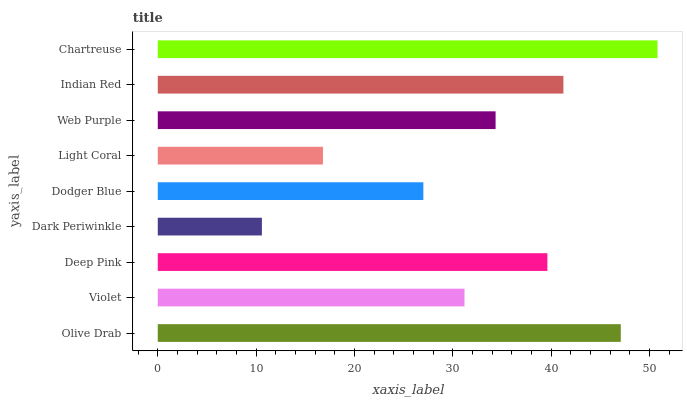
| yaxis_label | bars |
 | --- | --- |
 | Olive Drab | 47.1 |
 | Violet | 31.2 |
 | Deep Pink | 39.6 |
 | Dark Periwinkle | 10.6 |
 | Dodger Blue | 27 |
 | Light Coral | 16.8 |
 | Web Purple | 34.3 |
 | Indian Red | 41.2 |
 | Chartreuse | 50.8 |